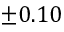
\pm 0 . 1 0